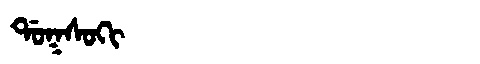
Manchu: ᡩᠣᡴᠰᠣᡴᡳ
Romanization: DOKSOKI